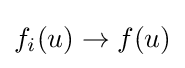
f_{i}(u)\to f(u)